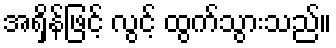
အရှိန်ဖြင့် လွင့် ထွက်သွားသည်။